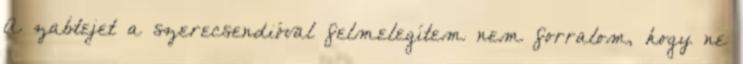
A zabtejet a szerecsendióval felmelegítem nem forralom, hogy ne